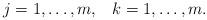
LaTeX: \begin{align*}j=1,\dots,m,\;\;\;k=1,\dots,m.\end{align*}